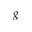
g